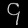
Digit: ၄